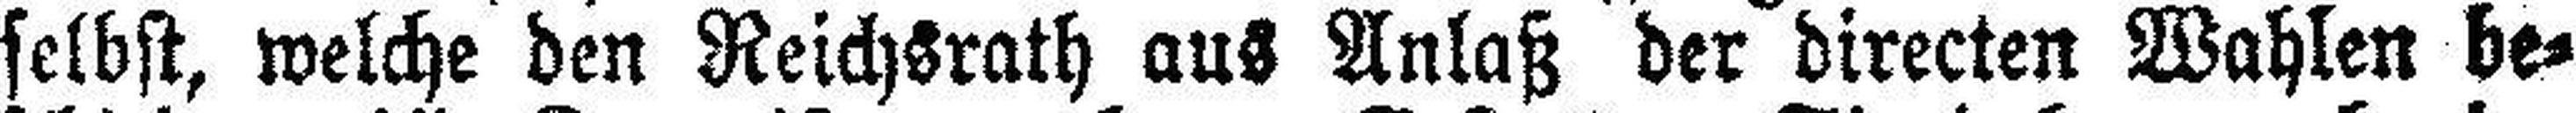
selbst, welche den Reichsrath aus Anlaß der directen Wahlen be¬